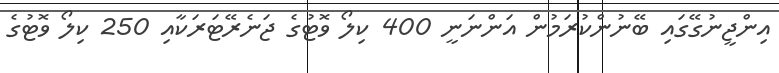
އިންޖީނުގޭގައި ބޭނުންކުރަމުން އަންނަނީ 400 ކިލޯ ވޮޓުގެ ޖަނެރޭޓަރަކާއި 250 ކިލޯ ވޮޓުގެ